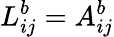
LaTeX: L_{ij}^{b}=A_{ij}^{b}